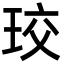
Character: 珓